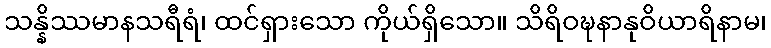
သန္နိဿမာနသရီရံ၊ ထင်ရှားသော ကိုယ်ရှိသော။ သိရိဝဍ္ဎနာနုဝိယာရိနာမ၊